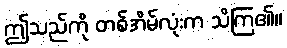
ဤသည်ကို တစ်အိမ်လုံးက သိကြ၏။